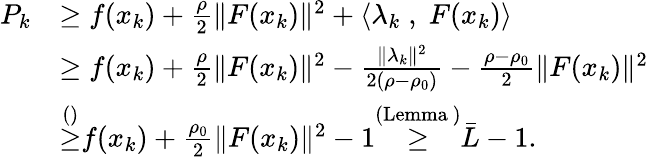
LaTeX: \begin{array}{rl}{P_{k}}&{\geq f(x_{k})+\frac{\rho}{2}\| F(x_{k})\| ^{2}+\langle\lambda_{k}\; ,\; F(x_{k})\rangle}\\ &{\geq f(x_{k})+\frac{\rho}{2}\| F(x_{k})\| ^{2}-\frac{\| \lambda_{k}\| ^{2}}{2(\rho-\rho_{0})}-\frac{\rho-\rho_{0}}{2}\| F(x_{k})\| ^{2}}\\ &{{\overset{{()}}{\geq}}f(x_{k})+\frac{\rho_{0}}{2}\| F(x_{k})\| ^{2}-1{\overset{{(\mathrm{Lemma~})}}{\geq}}\bar{L}-1.}\end{array}